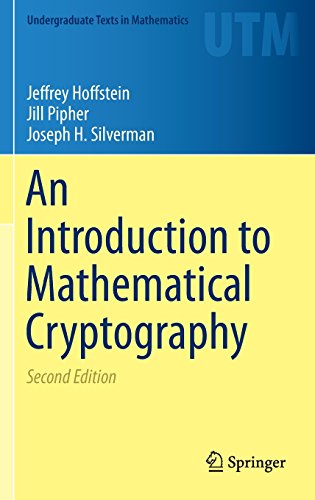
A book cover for An Introduction to Mathematical Cryptography (Undergraduate Texts in Mathematics); Jeffrey Hoffstein; Business & Money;